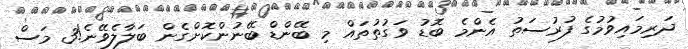
ދަރިމައިވުމުގެ ފުރުސަތު އެންމެ ބޮޑު ވަގުތުތައް މި ބޭންޑް ބޭނުންކޮށްގެން ބަލާލެވޭނެ!3 މަސް